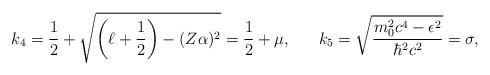
LaTeX: \begin{align*}k_4=\frac{1}{2}+\sqrt{\left(\ell+\frac{1}{2}\right)-(Z\alpha)^2}=\frac{1}{2}+\mu,\ \ \ \ \ k_5=\sqrt{\frac{m_0^2c^4-\epsilon^2}{\hbar^2c^2}}=\sigma,\end{align*}